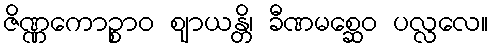
ဇိဏ္ဏကောဉ္စာဝ ဈာယန္တိ၊ ခီဏမစ္ဆေဝ ပလ္လလေ။